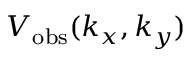
V _ { \mathrm { o b s } } ( k _ { x } , k _ { y } )